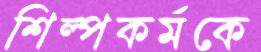
শিল্পকর্মকে